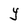
Character: y